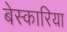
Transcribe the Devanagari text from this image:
बेस्कारिया